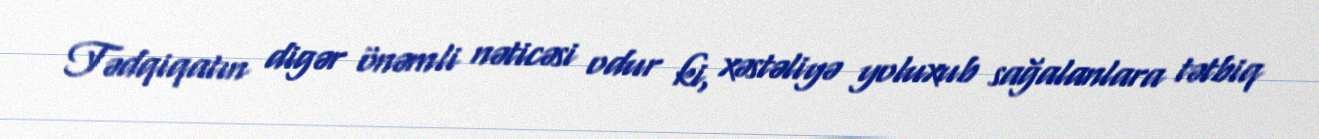
Tədqiqatın digər önəmli nəticəsi odur ki, xəstəliyə yoluxub sağalanlara tətbiq